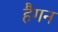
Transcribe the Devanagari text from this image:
हैगन